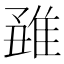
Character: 𨿊